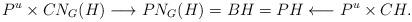
LaTeX: \begin{align*}P^u\times CN_G(H)\longrightarrow PN_G(H)=BH=PH \longleftarrow P^u \times CH.\end{align*}